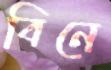
বিনে